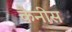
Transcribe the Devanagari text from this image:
कैनीस